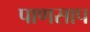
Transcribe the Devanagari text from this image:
पाणसाप